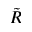
\tilde { R }